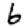
Digit: 6